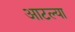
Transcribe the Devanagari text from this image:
आटल्या